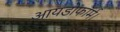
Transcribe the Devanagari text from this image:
आयडोफॉर्म।